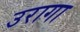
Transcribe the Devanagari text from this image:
उरागा